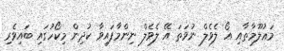
މަޢުލޫމާތާއި އޯ ލެވެލް ނުވަތަ އޭ ލެވެލް ނިންމާފައިވާ ކުދިން މިކޯހުގައި ބައިވެރި